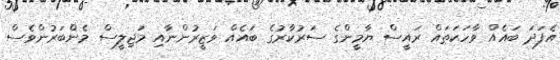
އެފަދަ ބައެއް ވާހަކަތައް ރައީސް ޔާމީންގެ ސަރުކާރުގެ ބައެއް ވަޒީރުންނާއި މަޖިލީސް މެންބަރުންވެސް